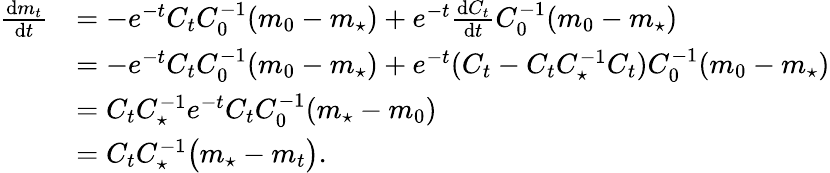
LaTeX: \begin{array}{rl}{\frac{\mathrm{d}m_{t}}{\mathrm{d}t}}&{=-e^{-t}C_{t}C_{0}^{-1}(m_{0}-m_{\star})+e^{-t}\frac{\mathrm{d}C_{t}}{\mathrm{d}t}C_{0}^{-1}(m_{0}-m_{\star})}\\ &{=-e^{-t}C_{t}C_{0}^{-1}(m_{0}-m_{\star})+e^{-t}(C_{t}-C_{t}C_{\star}^{-1}C_{t})C_{0}^{-1}(m_{0}-m_{\star})}\\ &{=C_{t}C_{\star}^{-1}e^{-t}C_{t}C_{0}^{-1}(m_{\star}-m_{0})}\\ &{=C_{t}C_{\star}^{-1}\bigl(m_{\star}-m_{t}\bigr).}\end{array}